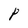
Character: P